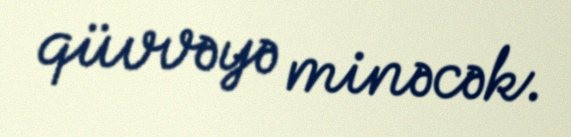
qüvvəyə minəcək.